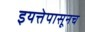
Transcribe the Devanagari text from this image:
इयत्तेपासूनच